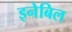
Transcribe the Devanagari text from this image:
इनेबिल